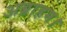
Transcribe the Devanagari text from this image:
अब्राहम।